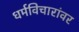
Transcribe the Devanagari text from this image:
धर्मविचारांवर